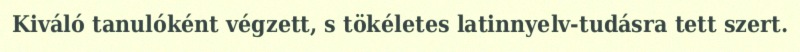
Kiváló tanulóként végzett, s tökéletes latinnyelv-tudásra tett szert.